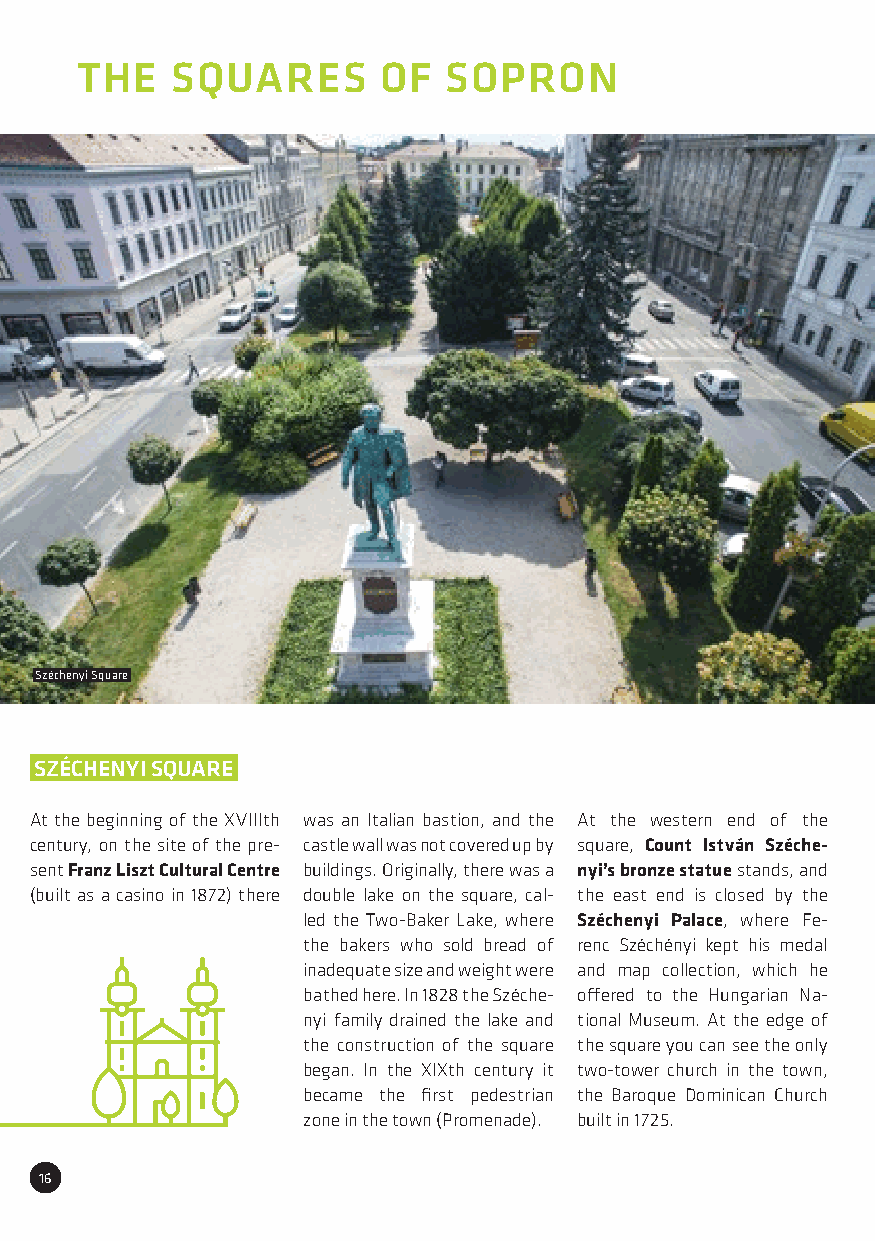
THE   SQUARES       OF  SOPRON
 Széchenyi Square
 SZÉCHENYI SQUARE
 At the beginning of the XVIIIth was an Italian bastion, and the At the western end of the
 century, on the site of the pre- castle wall was not covered up by square, Count István Széche-
 sent Franz Liszt Cultural Centre buildings. Originally, there was a nyi’s bronze statue stands, and
 (built as a casino in 1872) there double lake on the square, cal- the east end is closed by the
 led the Two-Baker Lake, where Széchenyi Palace, where Fe-
 the bakers who sold bread of renc Széchényi kept his medal
 inadequate size and weight were and map collection, which he
 bathed here. In 1828 the Széche- offered to the Hungarian Na-
 nyi family drained the lake and tional Museum. At the edge of
 the construction of the square the square you can see the only
 began. In the XIXth century it two-tower church in the town,
 became the first pedestrian the Baroque Dominican Church
 zone in the town (Promenade). built in 1725.
 16